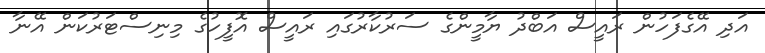
އަދި އޭގެފަހުން ރައީސް އަބްދު ޔާމީންގެ ސަރުކާރުގައި ރައީސް އޮފީހުގެ މިނިސްޓަރުކަން އޭނާ